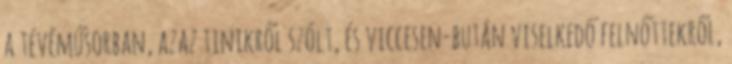
a tévéműsorban, azaz tinikről szólt, és viccesen-bután viselkedő felnőttekről,